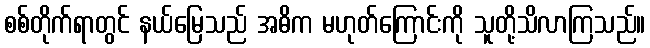
စစ်တိုက်ရာတွင် နယ်မြေသည် အဓိက မဟုတ်ကြောင်းကို သူတို့သိလာကြသည်။